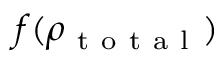
f ( \rho _ { \mathrm { ~ t ~ o ~ t ~ a ~ l ~ } } )